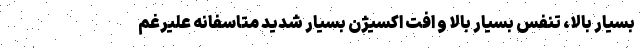
بسیار بالا، تنفس بسیار بالا و افت اکسیژن بسیار شدید متاسفانه علیرغم